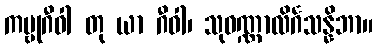
ကမ္ဗုဂီဝါ တု ယာ ဂီဝါ၊ သုဝဏ္ဏာလိင်္ဂသန္နိဘာ။